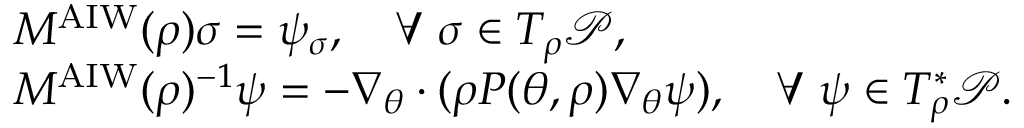
\begin{array} { r l } & { M ^ { \mathrm { A I W } } ( \rho ) \sigma = \psi _ { \sigma } , \quad \forall ~ \sigma \in T _ { \rho } \mathcal { P } , } \\ & { M ^ { \mathrm { A I W } } ( \rho ) ^ { - 1 } \psi = - \nabla _ { \theta } \cdot ( \rho P ( \theta , \rho ) \nabla _ { \theta } \psi ) , \quad \forall ~ \psi \in T _ { \rho } ^ { * } \mathcal { P } . } \end{array}